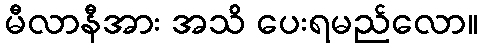
မီလာနီအား အသိ ပေးရမည်လော။